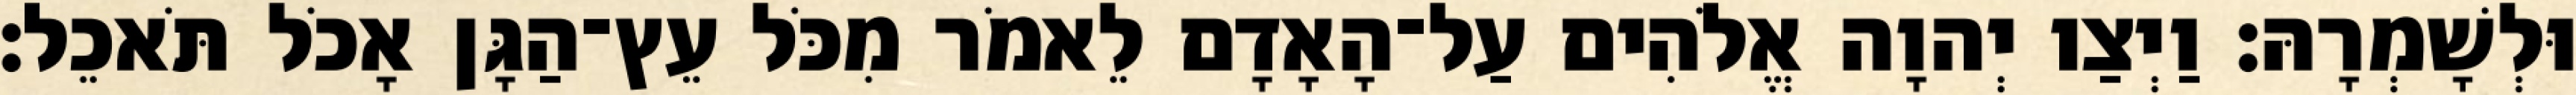
וּלְשָׁמְרָהּ׃ וַיְצַו יְהוָה אֱלֹהִים עַל־הָאָדָם לֵאמֹר מִכֹּל עֵץ־הַגָּן אָכֹל תֹּאכֵל׃